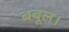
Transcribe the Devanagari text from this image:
बबूल।